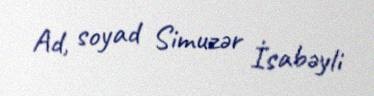
Ad, soyad Simuzər İsabəyli